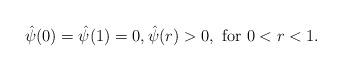
LaTeX: \begin{align*}\hat{\psi}(0) = \hat{\psi}(1) = 0, \hat{\psi}(r) > 0, \mbox{ for } 0 < r < 1. \end{align*}